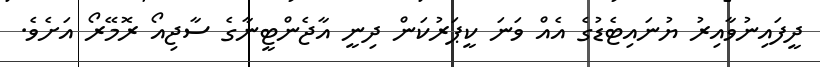
ދީފައިނުވާއިރު ޔުނައިޓެޑުގެ އެއް ވަނަ ކީޕަރުކަން ދިނީ އާޖެންޓީނާގެ ސާޖިއޯ ރޮމޭރޯ އަށެވެ.